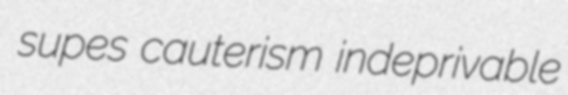
supes cauterism indeprivable